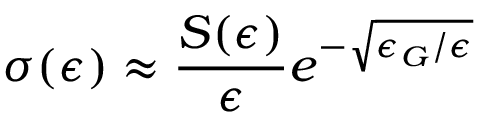
\sigma ( \epsilon ) \approx { \frac { S ( \epsilon ) } { \epsilon } } e ^ { - { \sqrt { \epsilon _ { G } / \epsilon } } }